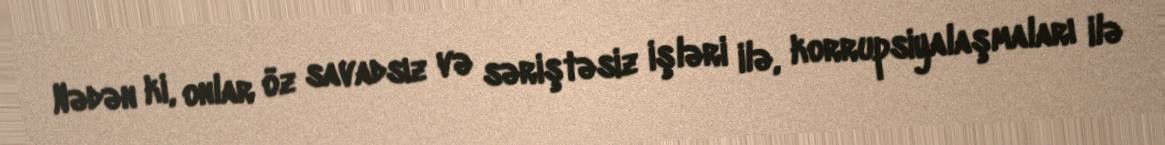
Nədən ki, onlar öz savadsız və səriştəsiz işləri ilə, korrupsiyalaşmaları ilə